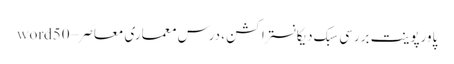
پاورپوینت بررسی سبک دیکانستراکشن ، درس معماری معاصر – word50